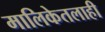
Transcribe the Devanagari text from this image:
मालिकेतलाही